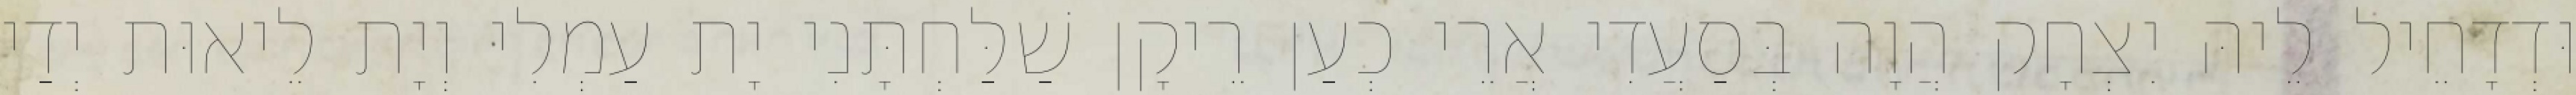
וּדְדָחֵיל לֵיהּ יִצְחָק הֲוָה בְּסַעֲדִי אֲרֵי כְעַן רֵיקָן שַׁלַּחְתָּנִי יָת עַמְלִי וְיָת לֵיאוּת יְדַי